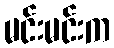
မင်းမင်းက